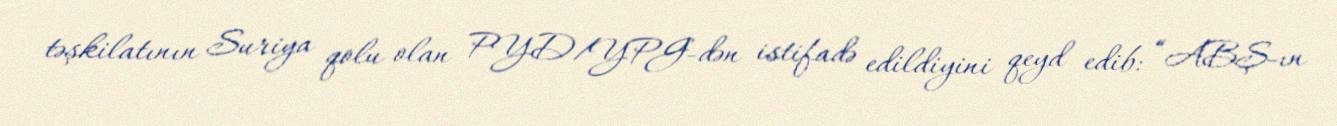
təşkilatının Suriya qolu olan PYD/YPG-dən istifadə edildiyini qeyd edib: “ABŞ-ın